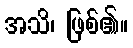
အသိ၊ ဖြစ်၏။